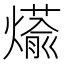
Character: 𮳹